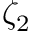
\zeta _ { 2 }